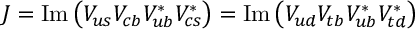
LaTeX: J = \mathrm { I m } \left( V _ { u s } V _ { c b } V _ { u b } ^ { * } V _ { c s } ^ { * } \right) = \mathrm { I m } \left( V _ { u d } V _ { t b } V _ { u b } ^ { * } V _ { t d } ^ { * } \right)